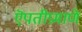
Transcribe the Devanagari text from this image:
ऎपतीप्रमाणे